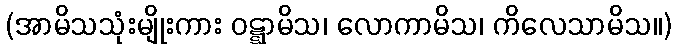
(အာမိသသုံးမျိုးကား ဝဋ္ဋာမိသ၊ လောကာမိသ၊ ကိလေသာမိသ။)